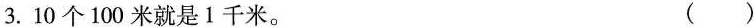
3.10个100米就是1千米。 ()